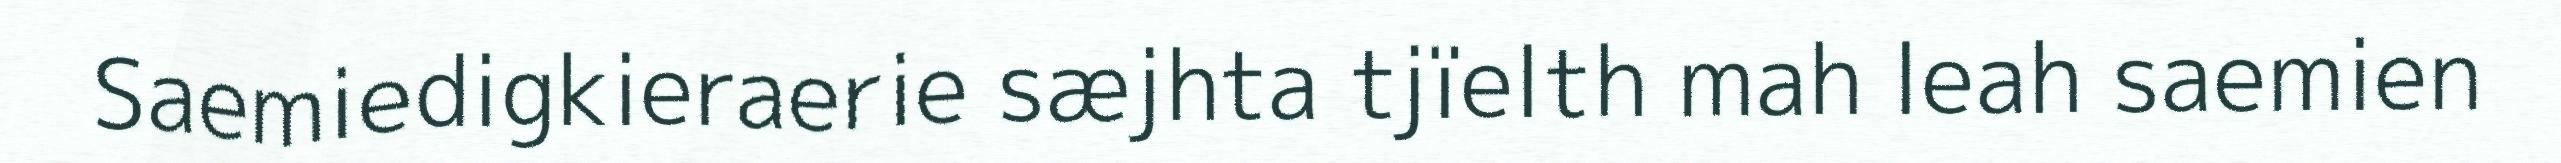
Saemiedigkieraerie sæjhta tjïelth mah leah saemien